Papers set at the Examination for Leaving Certificates, 1893
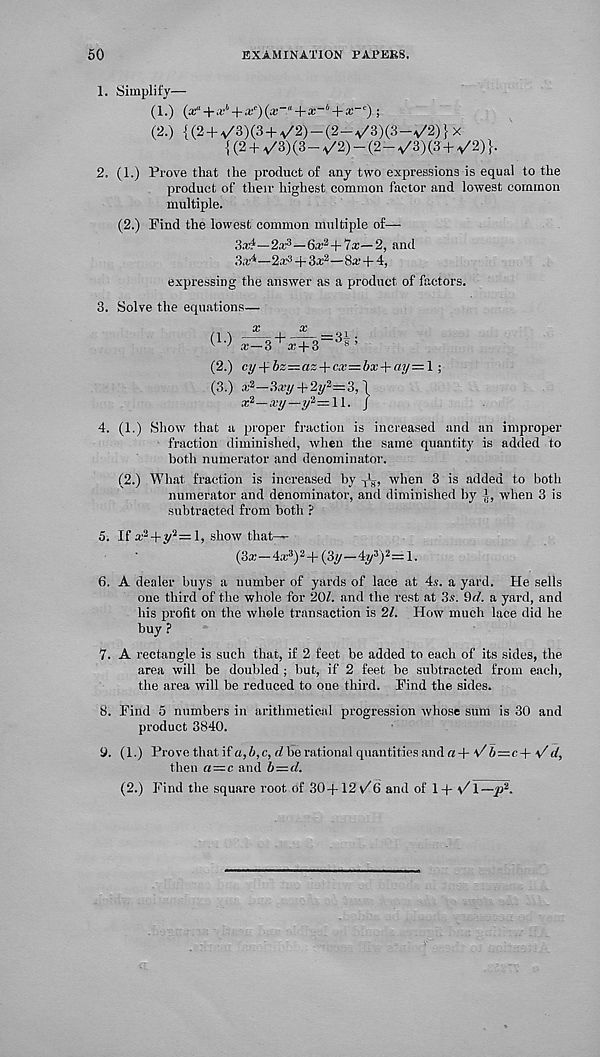
50
EXAMINATION PAPERS.
1. Simplify—
(1.) (af + x 11 + x c ) {x~a + * -4 + X~' : ) ;
(2.) {(2 + a /3)(3+ a /2)-(2-^/3)(3-V2)}x
{ (2 + v/3) (3 - ^/2) - (2 - v/3) (3 + ^/2) }.
2. (1.) Prove that the product of any two expressions is equal to the
product of their highest common factor and lowest common
multiple.
(2.) Find the lowest common multiple of—
3a#—2x 3 —6a; 2 +7a:-—2, and
3a#—2a 3 + 3a 2 —8a; + 4,
expressing the answer as a product of factors.
3. Solve the equations—
(1-)
(2.)
(3.)
——|—— —31.
x—3'x+S
s ’
cy -> r bz—az+cxz=bx+ay= 1;
x 2 —3a’« + 2w 2 =3,1
x 2 —xy—y 2 =H. j
4. (1.) Show that a proper fraction is increased and an improper
fraction diminished, when the same quantity is added to
both numerator and denominator.
(2.) What fraction is increased by , , when 3 is added to both
numerator and denominator, and diminished by i, when 3 is
subtracted from both ?
5. If a; 2 +y 2 =l, show that—
(3a; — 4a; 3 ) 2 4-(3jy—4»/ :! ) 2 =l.
6. A dealer buys a number of yards of lace at 4a. a yard. He sells
one third of the whole for 20/. and the rest at 3a. 9d. a yard, and
his profit on the whole transaction is 21. How much lace did he
buy?
7. A rectangle is such that, if 2 feet be added to each of its sides, the
area will be doubled ; but, if 2 feet be subtracted from each,
the area will be reduced to one third. Find the sides.
8. Find 5 numbers in arithmetical progression whose sum is 30 and
product 3840.
a. (1.) Prove that if a, b, c, d bo rational quantities md a + v' b=zc + d,
then « = c and b = d.
(2.) Find the square root of 30-f-12 v#6 and of 1 + \/1 —yA